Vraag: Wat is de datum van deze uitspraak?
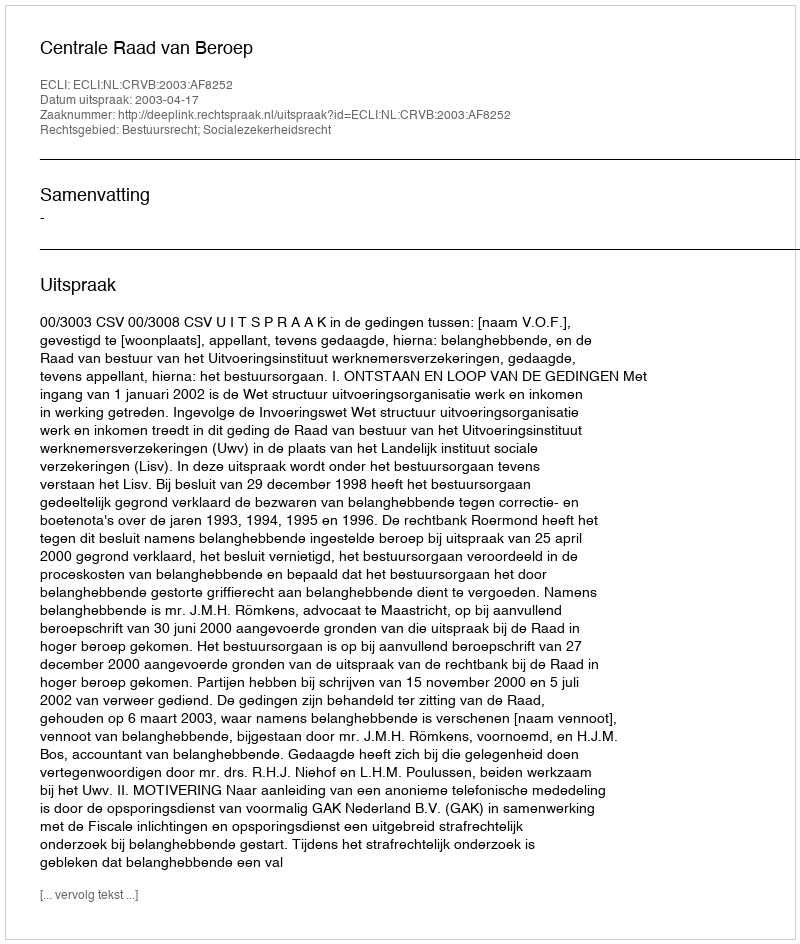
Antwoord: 2003-04-17